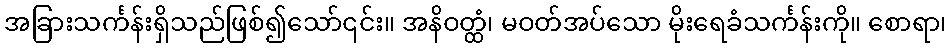
အခြားသင်္ကန်းရှိသည်ဖြစ်၍သော်၎င်း။ အနိဝတ္ထံ၊ မဝတ်အပ်သော မိုးရေခံသင်္ကန်းကို။ စောရာ၊